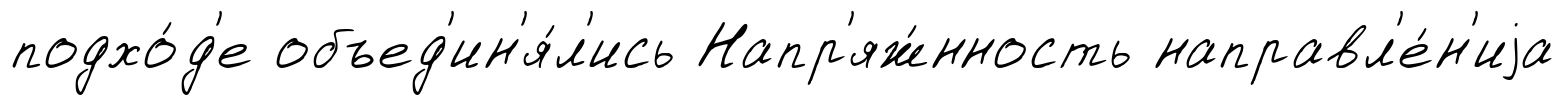
подхо́д'е объед'ин'я́л'ись Напр'яж́нность направл'е́н'иjа